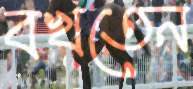
বখতেন